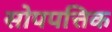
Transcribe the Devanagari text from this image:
सोपपत्तिक